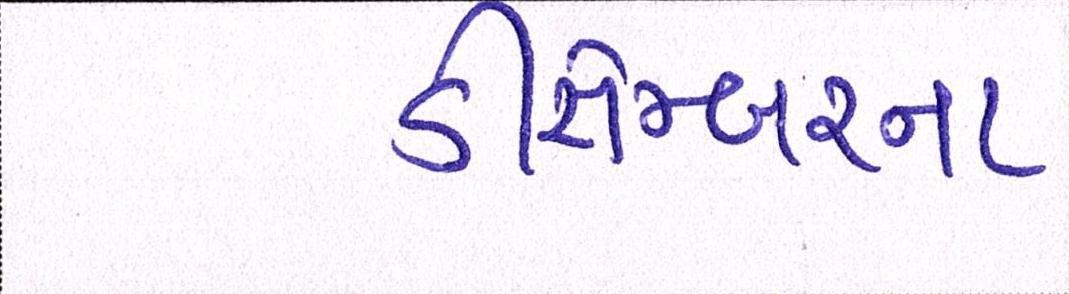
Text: ડીસેમ્બરના